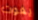
يفوت